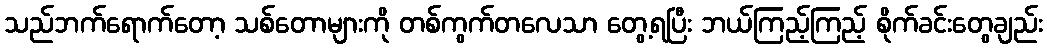
သည်ဘက်ရောက်တော့ သစ်တောများကို တစ်ကွက်တလေသာ တွေ့ရပြီး ဘယ်ကြည့်ကြည့် စိုက်ခင်းတွေချည်း